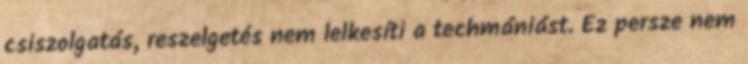
csiszolgatás, reszelgetés nem lelkesíti a techmániást. Ez persze nem